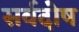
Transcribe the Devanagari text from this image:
सर्वदोष